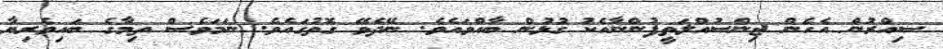
ސިއްރުން އެހެން ޖިންސުއްލަތީފުންނާއެކު ގުޅުން ބާއްވައެވެ. ނޭދެވޭ ގޮތުގައެވެ. ނަމަވެސް ތިމާގެ ބައިވެރިޔާ